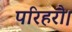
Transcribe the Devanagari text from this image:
परिहरौ।